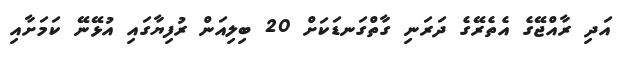
އަދި ރާއްޖޭގެ އެެތެރޭގެ ދަރަނި ގާތްގަނޑަކަށް 20 ބިލިއަން ރުފިޔާގައި އުޅޭނޭ ކަމަށާއި